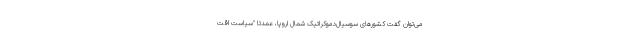
می‌توان گفت کشورهای سوسیال‌دموکراتیک شمال اروپا، عمدتا "سیاست اقت